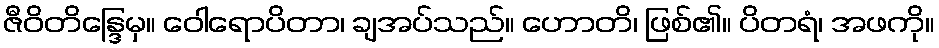
ဇီဝိတိန္ဒြေမှ။ ဝေါရောပိတာ၊ ချအပ်သည်။ ဟောတိ၊ ဖြစ်၏။ ပိတရံ၊ အဖကို။